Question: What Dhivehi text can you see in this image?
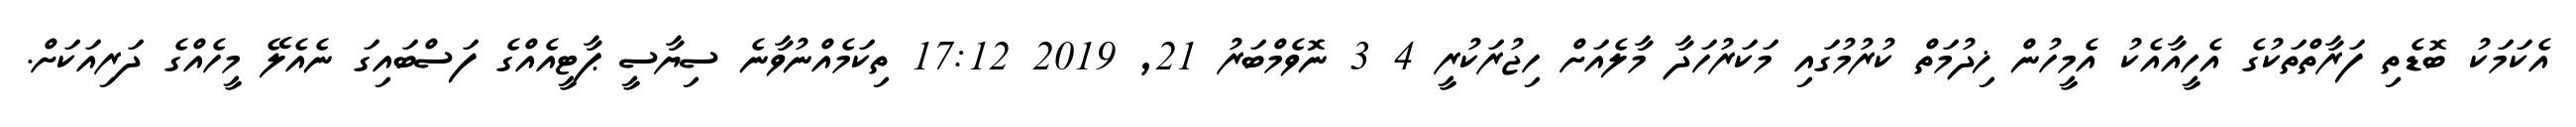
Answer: އެކަމަކު ބޮޑެތި ފަރާތްތަކުގެ އެހީއާއެކު އެމީހުން ޚިދުމަތް ކުރުމުގައި މަކަރުހަދާ މާލެއަށް ހިޖުރަކުރީ 4 3 ނޮވެމްބަރު 21, 2019 17:12 ތިކަމެއްނުވާނެ ސިޔާސީ ޕާޓީއެއްގެ ފަސްބައިގަ ނެއެލޭ މީހެއްގެ ދަރިއަކަށް.